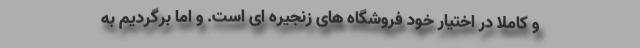
و کاملا در اختیار خود فروشگاه های زنجیره ای است. و اما برگردیم به